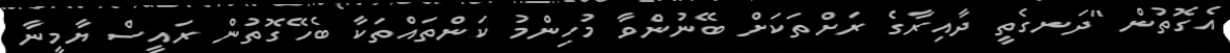
އެގޮތުން "ދަނގެތީ ދާއިރާގެ ރަށްތަކަށް ބޭނުންވާ މުހިންމު ކަންތައްތަކާ ބެހޭގޮތުން ރައީސް ޔާމީނާ